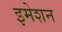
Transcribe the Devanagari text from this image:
इमेशन